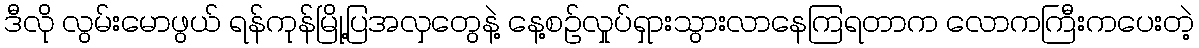
ဒီလို လွမ်းမောဖွယ် ရန်ကုန်မြို့ပြအလှတွေနဲ့ နေ့စဉ်လှုပ်ရှားသွားလာနေကြရတာက လောကကြီးကပေးတဲ့